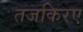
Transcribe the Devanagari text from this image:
तजकिरए